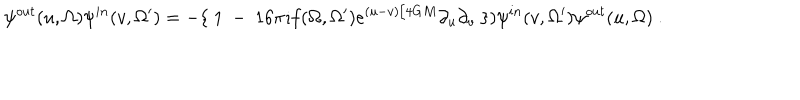
\psi ^ { o u t } ( u , \Omega ) \psi ^ { i n } ( v , \Omega ^ { \prime } ) = - \{ ~ 1 ~ - ~ 1 6 \pi \imath f ( \Omega , \Omega ^ { \prime } ) e ^ { ( u - v ) / 4 G M } \partial _ { u } \partial _ { v } ~ \} ) \psi ^ { i n } ( v , \Omega ^ { \prime } ) \psi ^ { o u t } ( u , \Omega ) ~ .